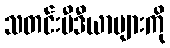
သတင်းမီဒီယာများကို